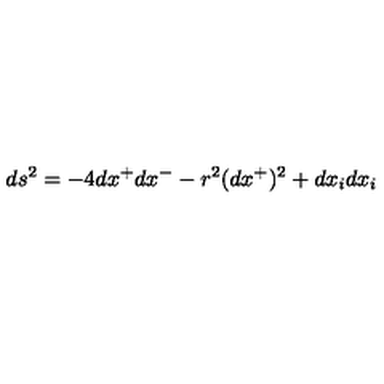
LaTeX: d s ^ { 2 } = - 4 d x ^ { + } d x ^ { - } - r ^ { 2 } ( d x ^ { + } ) ^ { 2 } + d x _ { i } d x _ { i }